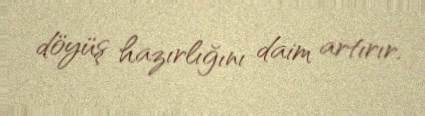
döyüş hazırlığını daim artırır.